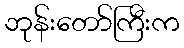
ဘုန်းတော်ကြီးက